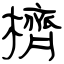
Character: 櫅